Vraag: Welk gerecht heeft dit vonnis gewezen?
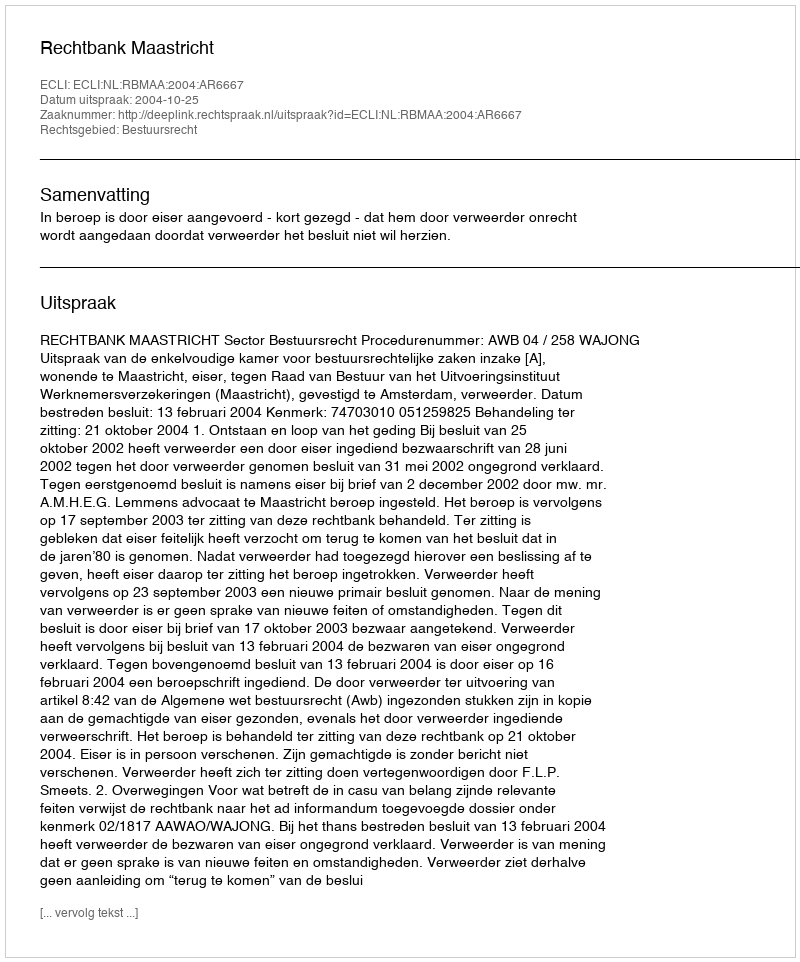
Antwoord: Rechtbank Maastricht